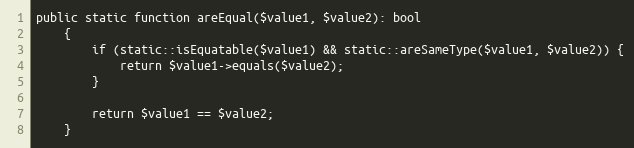
Language: PHP
public static function areEqual($value1, $value2): bool
    {
        if (static::isEquatable($value1) && static::areSameType($value1, $value2)) {
            return $value1->equals($value2);
        }

        return $value1 == $value2;
    }